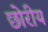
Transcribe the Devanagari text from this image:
छोरीय